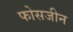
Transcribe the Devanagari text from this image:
फोसजीन